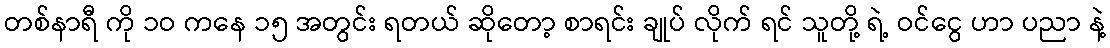
တစ်နာရီ ကို ၁ဝ ကနေ ၁၅ အတွင်း ရတယ် ဆိုတော့ စာရင်း ချုပ် လိုက် ရင် သူတို့ ရဲ့ ဝင်ငွေ ဟာ ပညာ နဲ့